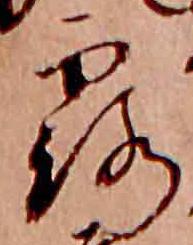
露